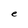
Character: e